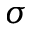
\boldsymbol { \sigma }